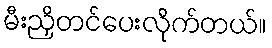
မီးညှိတင်ပေးလိုက်တယ်။